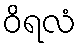
ဝိရလံ